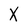
Character: X